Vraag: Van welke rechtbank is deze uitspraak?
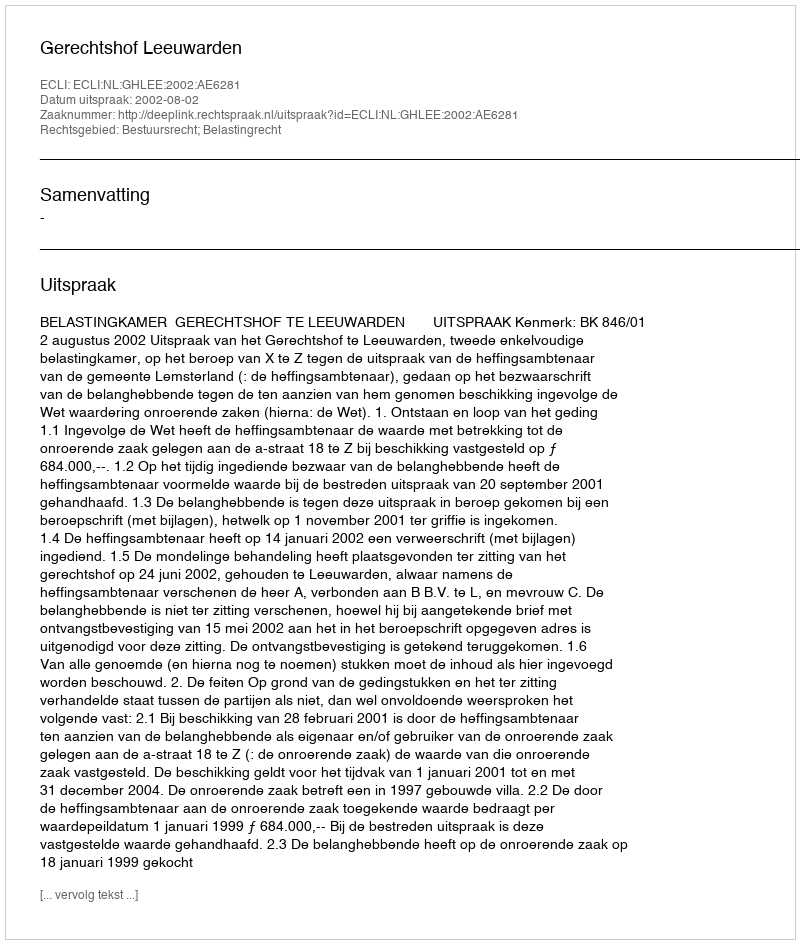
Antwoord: Gerechtshof Leeuwarden